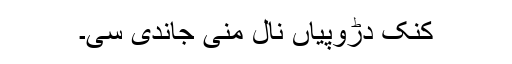
کنک دڑوپیاں نال مِنی جاندی سی۔